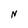
Character: N